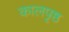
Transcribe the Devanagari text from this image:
कालपृष्ठ